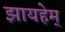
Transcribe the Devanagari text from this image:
झायहेम्